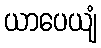
ယာပေယျံ